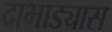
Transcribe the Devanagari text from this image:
दाभाड्यास